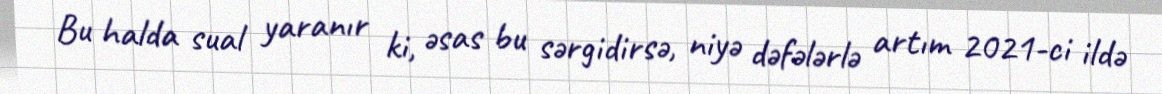
Bu halda sual yaranır ki, əsas bu sərgidirsə, niyə dəfələrlə artım 2021-ci ildə